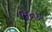
ભનય